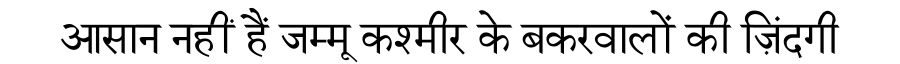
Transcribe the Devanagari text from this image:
आसान नहीं हैं जम्मू कश्मीर के बकरवालों की ज़िंदगी